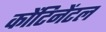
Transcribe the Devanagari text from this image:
कोंटिनेंटल